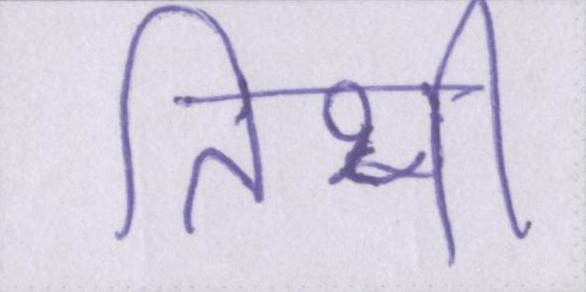
तिथी